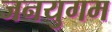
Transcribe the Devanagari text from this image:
जनयुगम